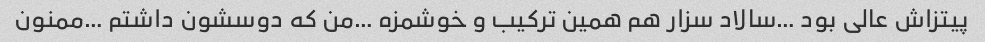
پیتزاش عالی بود …سالاد سزار هم همین ترکیب و خوشمزه …من که دوسشون داشتم …ممنون